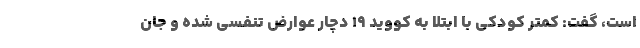
است، گفت: کمتر کودکی با ابتلا به کووید ۱۹ دچار عوارض تنفسی شده و جان